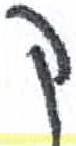
אות: ק